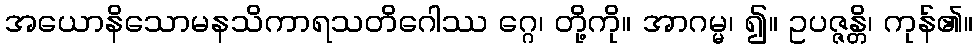
အယောနိသောမနသိကာရသတိဂေါဿ ဂ္ဂေ၊ တို့ကို။ အာဂမ္မ၊ ၍။ ဥပဇ္ဇန္တိ၊ ကုန်၏။